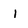
Character: 1